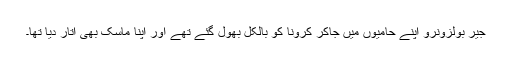
جیر بولزونرو اپنے حامیوں میں جاکر کرونا کو بالکل بھول گئے تھے اور اپنا ماسک بھی اتار دیا تھا۔